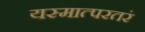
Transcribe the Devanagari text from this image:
यस्मात्परतरं